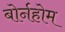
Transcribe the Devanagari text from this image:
बोर्नहोम